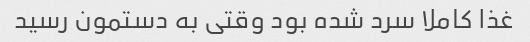
غذا کاملا سرد شده بود وقتی به دستمون رسید